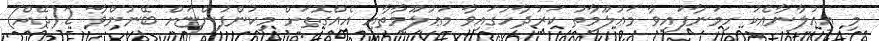
މި އިޢުލާނާއެކު ހިމަނާފައިވާ މަޢުލޫމާތު ކަރުދާހުގައިވާ މަޢުލޫމާތާއި އެއްގޮތަށް މިކުންފުންޏަށް ބޭނުންވާ 2(ދޭއް)